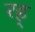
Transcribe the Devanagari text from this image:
रह्